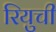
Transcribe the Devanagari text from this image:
रियुची